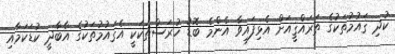
ކުދި ޤައުމުތަކުގެ ތަރައްޤީއަށް އެޅިފައިވާ އެންމެ ބޮޑު ހުރަސްތަކަކީ އެޤައުމުތަކުގެ އާބާދީ ކުޑަކަމާއި